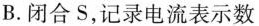
B.闭合S，记录电流表示数